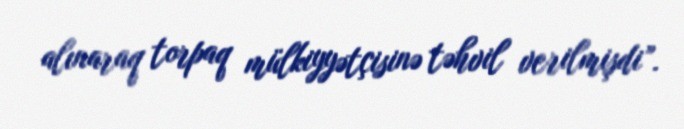
alınaraq torpaq mülkiyyətçisinə təhvil verilmişdi”.